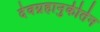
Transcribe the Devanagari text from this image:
देवग्रहानुकीर्तन